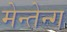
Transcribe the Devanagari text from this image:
मेन्तेन्ग